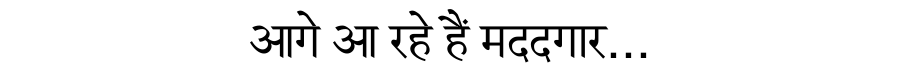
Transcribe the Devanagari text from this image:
आगे आ रहे हैं मददगार...